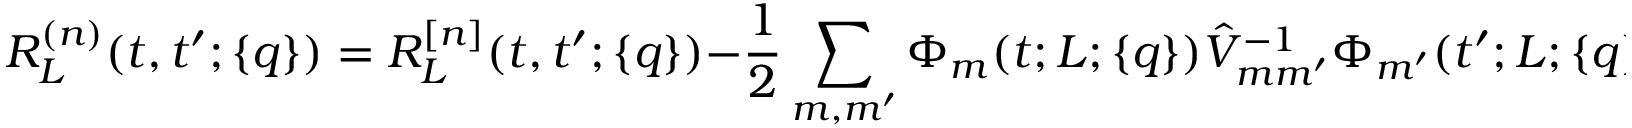
R _ { L } ^ { ( n ) } ( t , t ^ { \prime } ; \{ q \} ) = R _ { L } ^ { [ n ] } ( t , t ^ { \prime } ; \{ q \} ) - \frac { 1 } { 2 } \sum _ { m , m ^ { \prime } } \Phi _ { m } ( t ; L ; \{ q \} ) \hat { V } _ { m m ^ { \prime } } ^ { - 1 } \Phi _ { m ^ { \prime } } ( t ^ { \prime } ; L ; \{ q \} )